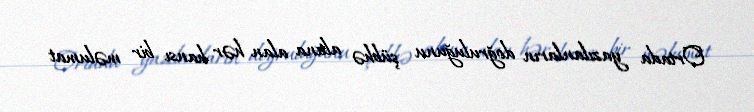
Ortada yazılanların doğruluğunu şübhə altına alan hər hansı bir məlumat